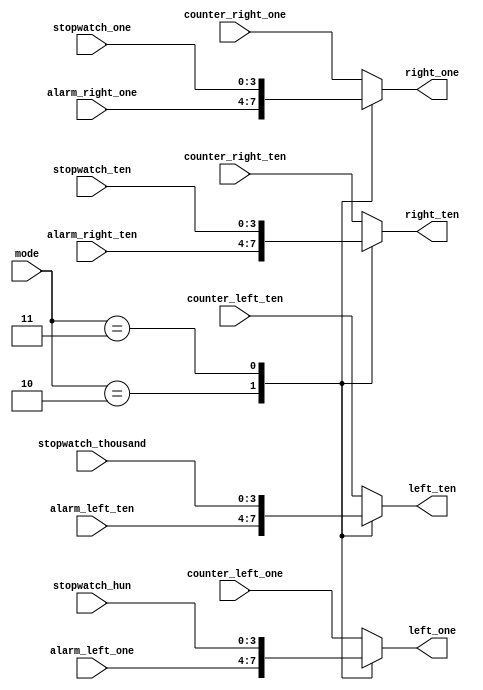
module mux_final(
    input [1:0] mode, //00 counter, 10 alarm, 11 stopwatch

    input [3:0] counter_left_one,
    input [3:0] counter_left_ten,
    input [3:0] counter_right_one,
    input [3:0] counter_right_ten,

    input [3:0] alarm_left_one,
    input [3:0] alarm_left_ten,
    input [3:0] alarm_right_one,
    input [3:0] alarm_right_ten,

    input [3:0] stopwatch_one,
    input [3:0] stopwatch_ten,
    input [3:0] stopwatch_hun,
    input [3:0] stopwatch_thousand,


    output reg [3:0] left_one,
    output reg [3:0] left_ten,
    output reg [3:0] right_one,
    output reg [3:0] right_ten
);

parameter counter = 0, alarm = 2, stopwatch = 3;

always @(mode[1:0]) begin

    case (mode)

        counter: begin
            left_one <= counter_left_one;
            left_ten <= counter_left_ten;
            right_one <= counter_right_one;
            right_ten <= counter_right_ten;
        end

        alarm: begin
            left_one <= alarm_left_one;
            left_ten <= alarm_left_ten;
            right_one <= alarm_right_one;
            right_ten <= alarm_right_ten;
        end

        stopwatch: begin
            right_one <= stopwatch_one;
            right_ten <= stopwatch_ten;
            left_one <= stopwatch_hun;
            left_ten <= stopwatch_thousand;
        end

        default: begin
            left_one <= counter_left_one;
            left_ten <= counter_left_ten;
            right_one <= counter_right_one;
            right_ten <= counter_right_ten;
        end

    endcase

end

endmodule